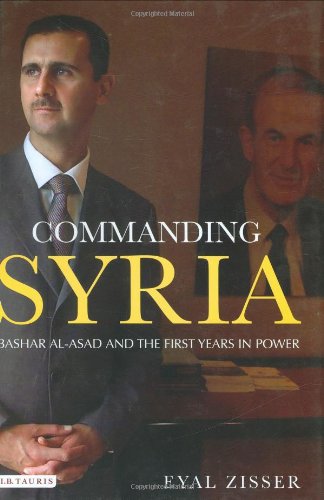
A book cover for Commanding Syria: Bashar al-Asad and the First Years in Power (Library of Modern Middle East Studies); Eyal Zisser; History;